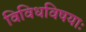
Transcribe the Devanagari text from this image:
विविधविषयाः